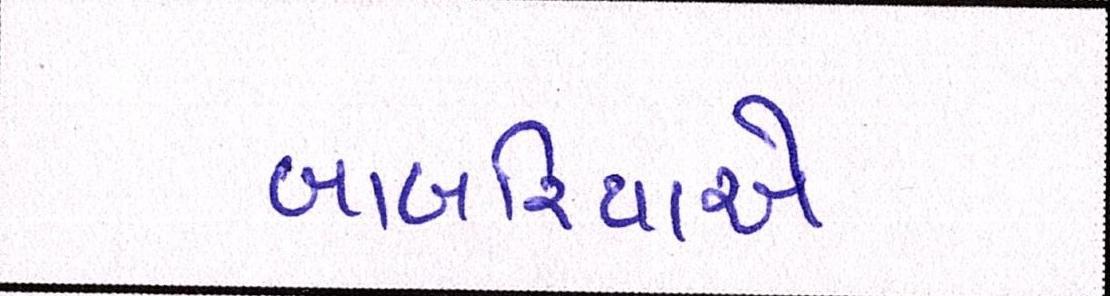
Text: બાબરિયાએ